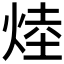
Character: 𪸷